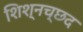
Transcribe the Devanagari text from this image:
शिश्नच्छद